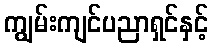
ကျွမ်းကျင်ပညာရှင်နှင့်